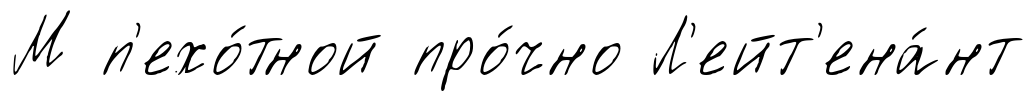
М п'ехо́тной про́чно Л'ейт'ена́нт